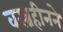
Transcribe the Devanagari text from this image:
वस्त्रहीनने